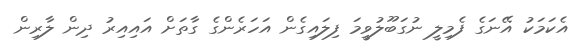
އެކަމަކު އޭނަގެ ފެމިލީ ނުގަބޫލުވީމަ ފިލައިގެން އަހަރެންގެ ގާތަށް އައިއިރު ދިން ލާރިން